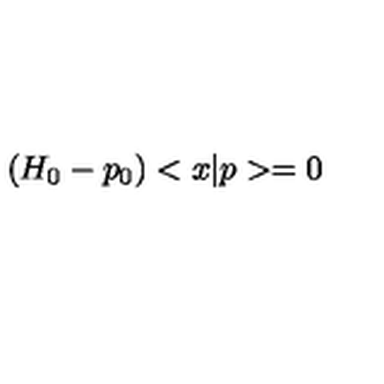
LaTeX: \left( H _ { 0 } - p _ { 0 } \right) < x | p > = 0